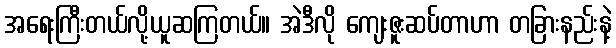
အရေးကြီးတယ်လို့ယူဆကြတယ်။ အဲဒီလို ကျေးဇူးဆပ်တာဟာ တခြားနည်းနဲ့